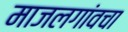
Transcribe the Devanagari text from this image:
माजलगांवचा